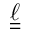
\boldsymbol { \underline { { \underline { { \ell } } } } }